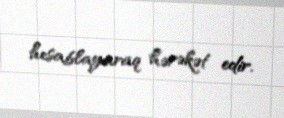
hesablayaraq hərəkət edir.